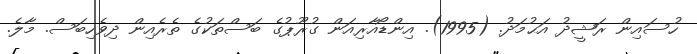
ހުސައިން ރަޝީދު އަޙުމަދު. (1995). އިންޑޯއާރިއަން ގުރޫޕުގެ ބަސްތަކުގެ ތެރެއިން ދިވެހިބަސް. މާލެ.